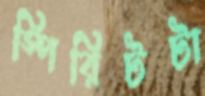
স্পিরিটটা